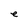
Character: e